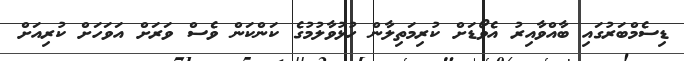
ޑިސެމްބަރުގައި ބާއްވާއިރު އެވޯޑަށް ކުރިމަތިލާން ހުޅުވާލުމުގެ ކަންކަން ވެސް ވަރަށް އަވަަހަށް ކުރިއަށް